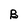
Character: B